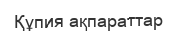
Құпия ақпараттар